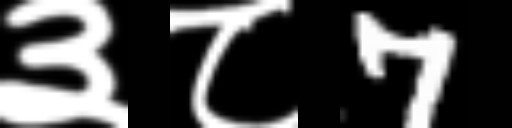
Text: ३८7